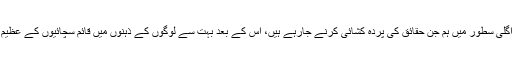
یہ طویل تمہید ہم نے اس لیے باندھی ہے کہ اگلی سطور میں ہم جن حقائق کی پردہ کشائی کرنے جارہے ہیں، اس کے بعد بہت سے لوگوں کے ذہنوں میں قائم سچائیوں کے عظیم الشان محلات کی دیواریں منہدم ہو جائیں گی۔